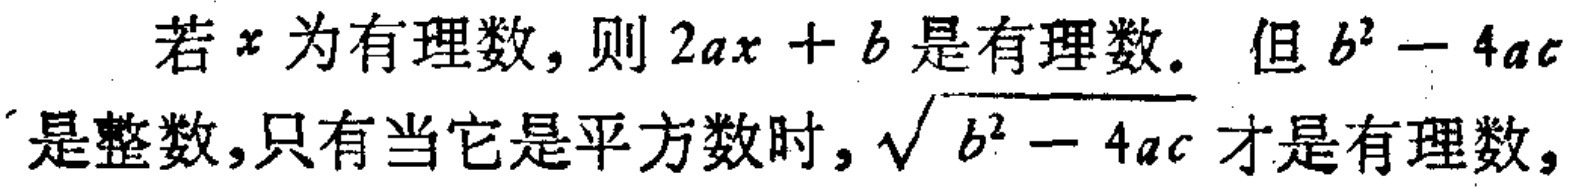
若\(x\)为有理数，则\(2ax + b\)是有理数. 但\(b^{2} - 4ac\)是整数,只有当它是平方数时,\(\sqrt{b^{2} - 4ac}\)才是有理数,